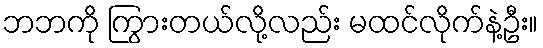
ဘဘကို ကြွားတယ်လို့လည်း မထင်လိုက်နဲ့ဦး။